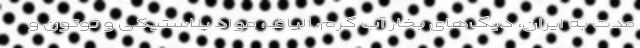
مدت به ایران، دیگ‌های بخار آب گرم، الیاف، مواد پلاستیکی و توتون و